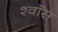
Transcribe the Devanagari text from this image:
श्वाँस